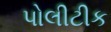
પોલીટીક